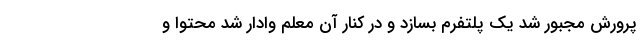
پرورش مجبور شد یک پلتفرم بسازد و در کنار آن معلم وادار شد محتوا و